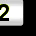
Digit: 2